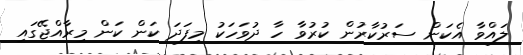
ލައްވާ އެކަން ސަރުކާރުން ކުރުވާ ހާ ދުވަހަކު މިފަދަ ކަން ކަން މިރާއްޖޭގައި